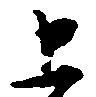
上